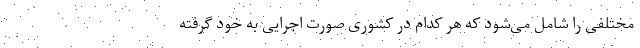
مختلفی را شامل می‌شود که هر کدام در کشوری صورت اجرایی به ‌خود گرفته